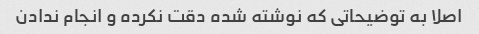
اصلا به توضیحاتی که نوشته شده دقت نکرده و انجام ندادن